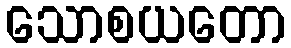
သောစယတော